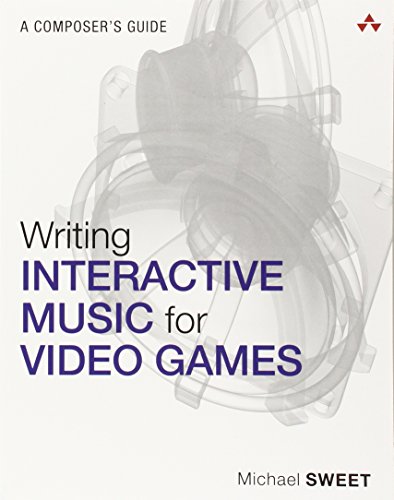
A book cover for Writing Interactive Music for Video Games: A Composer's Guide (Game Design); Michael Sweet; Computers & Technology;